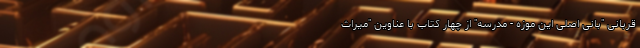
قربانی "بانی اصلی این موزه - مدرسه" از چهار کتاب با عناوین "میراث